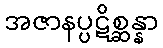
အဇာနပ္ပဋိစ္ဆန္နာ